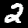
Digit: 2